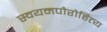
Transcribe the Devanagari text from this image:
स्वयमपौरोहित्य